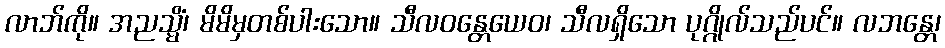
လာဘ်ကို။ အညသ္မိံ၊ မိမိမှတစ်ပါးသော။ သီလဝန္တေယေဝ၊ သီလရှိသော ပုဂ္ဂိုလ်သည်ပင်။ လဘန္တေ၊